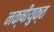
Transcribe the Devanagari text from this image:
नक्षीयुक्त